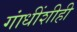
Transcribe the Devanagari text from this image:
गांधींशीही